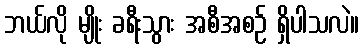
ဘယ်လို မျိုး ခရီးသွား အစီအစဉ် ရှိပါသလဲ။